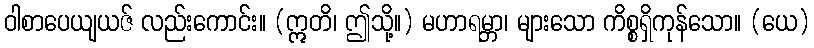
ဝါစာပေယျယဇ် လည်းကောင်း။ (ဣတိ၊ ဤသို့။) မဟာရမ္ဘာ၊ များသော ကိစ္စရှိကုန်သော။ (ယေ)